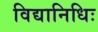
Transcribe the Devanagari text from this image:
विद्यानिधिः